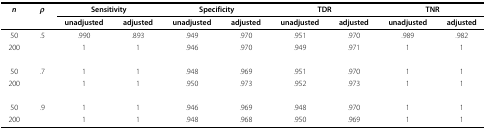
<table><thead><tr><td><b><i>n</i></b></td><td><b><i>ρ</i></b></td><td colspan="2"><b>Sensitivity</b></td><td colspan="2"><b>Specificity</b></td><td colspan="2"><b>TDR</b></td><td colspan="2"><b>TNR</b></td></tr><tr><td></td><td></td><td><b>unadjusted</b></td><td><b>adjusted</b></td><td><b>unadjusted</b></td><td><b>adjusted</b></td><td><b>unadjusted</b></td><td><b>adjusted</b></td><td><b>unadjusted</b></td><td><b>adjusted</b></td></tr></thead><tbody><tr><td>50</td><td>.5</td><td>.990</td><td>.893</td><td>.949</td><td>.970</td><td>.951</td><td>.970</td><td>.989</td><td>.982</td></tr><tr><td>200</td><td></td><td>1</td><td>1</td><td>.946</td><td>.970</td><td>.949</td><td>.971</td><td>1</td><td>1</td></tr><tr><td>50</td><td>.7</td><td>1</td><td>1</td><td>.948</td><td>.969</td><td>.951</td><td>.970</td><td>1</td><td>1</td></tr><tr><td>200</td><td></td><td>1</td><td>1</td><td>.950</td><td>.973</td><td>.952</td><td>.973</td><td>1</td><td>1</td></tr><tr><td>50</td><td>.9</td><td>1</td><td>1</td><td>.946</td><td>.969</td><td>.948</td><td>.970</td><td>1</td><td>1</td></tr><tr><td>200</td><td></td><td>1</td><td>1</td><td>.948</td><td>.968</td><td>.950</td><td>.969</td><td>1</td><td>1</td></tr></tbody></table>